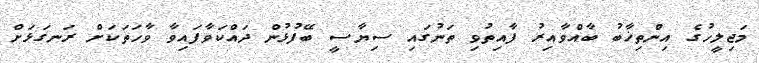
މަޖިލީހުގެ އިންތިޚާބު ބާއްވާއިރު ފާއިތުވި ތަނުގައި ސިޔާސީ ބޭފުޅުން ދައްކަވާފައިވާ ވާހަތަކަށް ރަނގަޅަށް